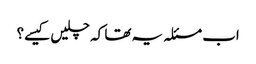
اب مسئلہ یہ تھا کہ چلیں کیسے؟